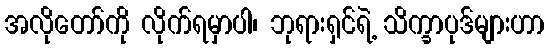
အလိုတော်ကို လိုက်ရမှာပါ၊ ဘုရားရှင်ရဲ့ သိက္ခာပုဒ်များဟာ